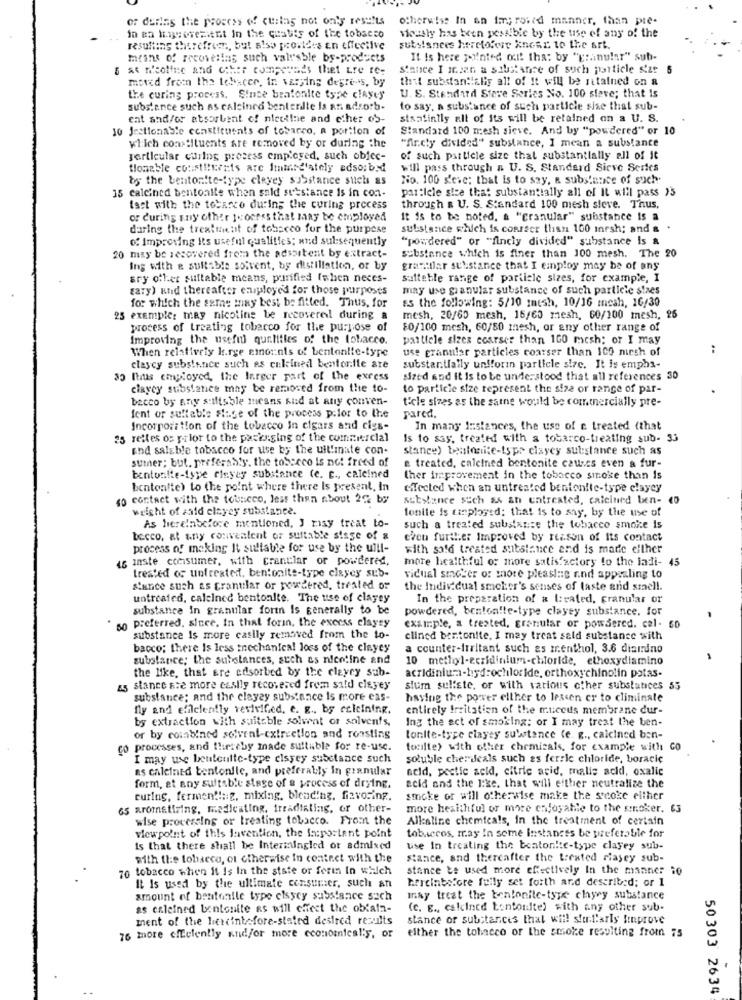
of derias the process of curing not only results
otherwise In an improved manner, than pte-
in an hogeremittt In the quality of the tobacco
viceshy has been possible by the use of any of the
resulting therefrem, but also provides an effective
substances heretofee knowr to the art.
meint of recovelias such valy'sble by-products
It Is here pointed out! tha: by "granular" sub-
6 at Nicoline and other compounds thet tre re-
Stance I insan a substance of such particle s'ze 5
thit substantially all of It will be ritained on a
moved from the tobacer, in varying defre-'s, by
the curing process. Since bentonite type clayey
U. S. Standard Stave Series No. 100 stave; that is
substance such as calsinrd bentenite is an adsorb-
to say, a substance of such particle sie that sub-
eat and/or absorbent of nietline and other os-
staatintly all of its will be retained on a U. S.
10 Jectionable constituents of tobarro, a portion of
Standard 100 mesh sieve. And by "powdered" or 10
which constituents are removed by or during the
"fir.chy divided" substance, I mean a substance
gerticular curing process employed, such objec-
of such particle size that substantially all of it
tlonable constituents are Immediately adso:byd
will pass through a U. S. Standard Sieve Series
by the bentonite-type cleyey substance such as
No. 100 s'ese; that is to say, a substance of such.
particle size that substantially all of It will pass 23
15 calcined bentoalle when sald substance is in con-
tact with the tobacco during the curing process
through a U. S. Standard 100 mesh steve. Thus,
or during any other 1x ocres that may be employed
It is to be noted, a "granular" substance is a
daring the treatment of tobacco for the purpose
substance which is consecr than 100 inrsh; and a .
of Improving its useful qualifies; and subsequently
"powdered" or "fincly divided" substance Is a
20 may be recovered from the adsortent by extract-
substance which is finer than 100 mesh. The 20
Ing with e sullable solvent, by distillation, or by
granitlar substance that I employ may be of any
sry offer suitable means, purified (when neces-
satteble range of particle sizes, for example, I
gary) and thereafter employed for those purposes
may use granular substance of such particle staes
for which the same may best be fitted. Thus, for
Es the following: 5/10 Inish, 10/16 meah, 16/30
25 example: may nicotine be recovered during a
mesh, 20/60 mesh, 15/60 maesh, 60/100 mesh, 26
process of treating tobacco for the purpose of
80/100 mesh, 60/80 mesh, or any other range of
Improving the useful qualities of the tobacco.
particle sizes costser than 100 mesh; or I may
When relatively k.rge amounts of bentantie-type
use granular particles coarser than 100 mirsh of
claycy substance such es celined bentonite are
substantially unfforin particle size. It is emphs-
3) Thus employed, the larger part of the excess
sized and it is to be understood that all references 30
ciaycy substance may be removed from the to-
to particie size represent the size or range of par-
becco by any stiftsble mesns And at ally conven-
tiele sizes as the same would be commercially pre-
pared.
fent or suitable stage of the process palor to the
Incorpori tion of the tobacco in cigars and cigs-
In many Instances, the use of c treated (that
25 rettes os prior to the packaging of the commercial
Is to say, treated with a tobarco-treating sub- 33
and salable tobacco for use by the uil!inate con-
stance) bentonite-type clayey substance such as
sumner; but, preferably, the tobacco is not freed of
e treated, calcined bentonite causes even a fur-
bentonite-type rinyey substance (e. g ., calcined
ther improvement in the tobacco sinose than Is
bentonite) to the point where there Is present, In
eTected when an untreated bentonite-type elayey
so contact with the toutcco, less than about 2% by
substance Such as an entreated, calcined ben-
weight of aald clayey substance.
tonile is tanployed: that is to say, by the use of
As here!nbefore mentioned, J risy treat to-
such a treated substance the tobacco smoke is
tecco, at any convenient or suitable siage of &
even further Improved by reason of its contact
process of making It sullable for use by the uill-
with sold treated substance end is made either
is maste consumer, with crantlar or powdered,
more healthful of more satisfactory to the ladi- 45
treated of untreated, bentonite-type clayey sub-
vidual smoker or more pleasing and appealing to
Stance such as cranular or powdered, treated or
the Individual smoker's senses of taste and smael !.
untreated, caleined bentonlte. The use of clayey
In the preparation of a located, granular or
substance in granular fortn Is generally to be
powdered, benton !! e-type clayey substance. for
50 preferred. since, In that forin, the excess elayey
example, a treated, granular or powdered. cal.
substance is more casily removed from the to-
clined bentonite, I may treat seld substance with
bacco; there Is less tnechanical loss of the clayey
a counter-irritant such as menthol, 3.6 diamino
substance; the substances, such as nicotine and
10 methyl-ecridinium-chloride, ethoxydiamino
the like, that are edsorbed by the claycy sub-
acridinium-hydrochloride. orthoxychinolin patas.
a5 stance ste more easily recovered from sald cleyey
sium sulfate, or with various other substances 55
substance; and the clayey substance is more eas-
having the power elther to lescen er to climinate
fly and efficiently revivifed, e. g ., by ccieining.
entirely Irritation of the mucous membrane dur-
by extraction with suitable solvent or solvents,
Ing the act of smoking: or I may treat the ben-
or by combined solvent-cxirection and roasting
tonite-type clayey substance (e. g ., calcined ban-
co processes, and thereby made suitable for re-use.
teilte) with other chemicals, for example with CO
I may use beutentte-type elsyey substance such
soluble cherieals such as ferrie chloride, boracic
as caleined bentonile, and preferably in granular
acid, pestic acid, citric acid, malis acid, oxalic
form, at any suitable stage of a process of drying.
acid and the like. that will either neutralize the
curing, fermen !!:: g, mixing, blending, favoring.
smoke or will otherwise make the scoke either
es aromatiring, medicating, Irradiating, or other-
more hesithful or more enjoyable to the smoker. 63
wise processing or treating tobacco. From the
Alkaline chemicals, in the treatment of certain
viewpoint of this lavention, the iaportent point
tobaccos, may in some Instances be preferable for
Is that there shall be Intermingled ot admixed
use In treating the bentonite-type clayey sub-
with the tobacco, or otherwise In contact with the
stance, and thereafter the treated riasey sub-
70 tobacco when It Is in the state or ferin In which
stance te used more effectively In the manner io
hereinbefore feily set forth and described; or 1
It Is used by the ultimate consumer, such an
amount of bentonile type elsycy substance sach
Inay treat the bentonite-type chyry substance
as calcined bentonite as will chest the oblala-
(c. g ., calcined tontonite) with any other sub-
ment of the hercint fore-stated desired results
stance or substances that will sturl'arls finprove
either the tobacco or the smoke resulting from 75
76 more efficiently and/or more economical's, or
.
26
50 303 2634